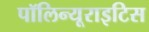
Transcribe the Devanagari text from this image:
पॉलिन्यूराइटिस